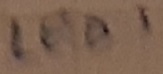
Text: LED1